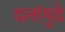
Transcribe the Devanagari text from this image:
दलांपुढे